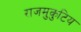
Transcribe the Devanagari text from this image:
राजमुकुटिय